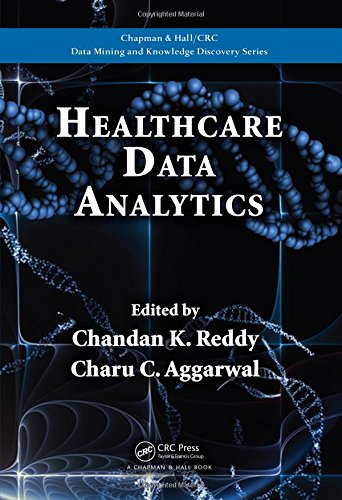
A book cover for Healthcare Data Analytics (Chapman & Hall/CRC Data Mining and Knowledge Discovery Series); Computers & Technology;